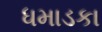
ધમાડકા